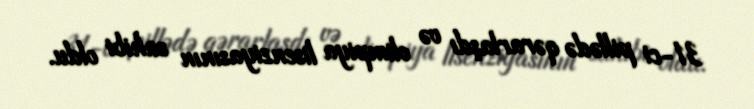
31-ci pillədə qərarlaşdı və olimpiya lisenziyasının sahibi oldu.